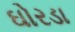
ઘોરડા